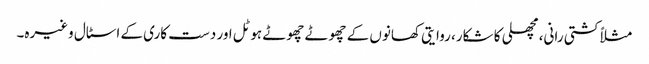
مثلاً کشتی رانی، مچھلی کا شکار، روایتی کھانوں کے چھوٹے چھوٹے ہوٹل اور دست کاری کے اسٹال وغیرہ۔